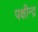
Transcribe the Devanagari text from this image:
पक्षीन्द्र